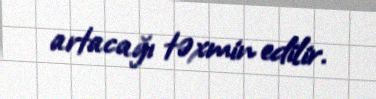
artacağı təxmin edilir.